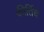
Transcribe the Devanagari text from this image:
कीर्तिचे